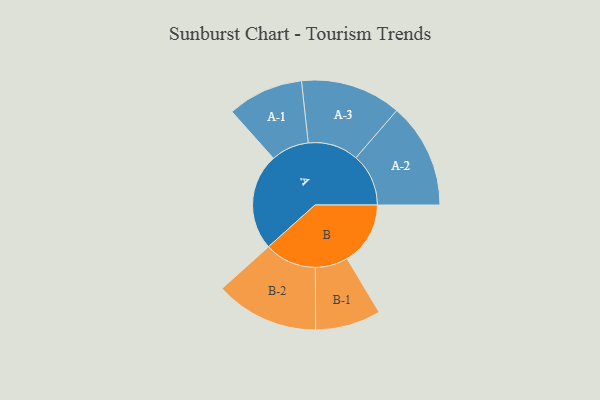
{"axis": {"x": "Segment", "y": "Value"}, "legend": ["", "A", "B"], "data": [{"x": "A", "y": 481, "type": ""}, {"x": "B", "y": 315, "type": ""}, {"x": "A-1", "y": 189, "type": "A"}, {"x": "A-2", "y": 262, "type": "A"}, {"x": "A-3", "y": 251, "type": "A"}, {"x": "B-1", "y": 163, "type": "B"}, {"x": "B-2", "y": 258, "type": "B"}]}